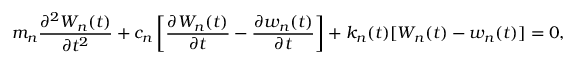
m _ { n } \frac { \partial ^ { 2 } W _ { n } ( t ) } { \partial t ^ { 2 } } + c _ { n } \left[ \frac { \partial W _ { n } ( t ) } { \partial t } - \frac { \partial w _ { n } ( t ) } { \partial t } \right] + k _ { n } ( t ) [ W _ { n } ( t ) - w _ { n } ( t ) ] = 0 ,